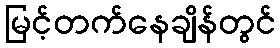
မြင့်တက်နေချိန်တွင်